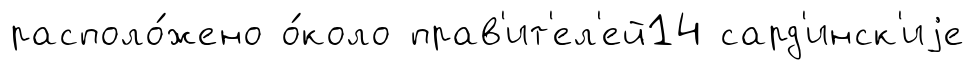
располо́жено о́коло прав'ит'ел'ей14 сард'инск'иjе